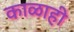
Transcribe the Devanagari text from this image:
काळाही